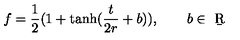
f = \frac 1 2 ( 1 + \tanh ( \frac { t } { 2 r } + b ) ) , \qquad b \in \b { R }